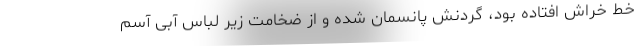
خط خراش افتاده بود، گردنش پانسمان شده و از ضخامت زیر لباس آبی آسم